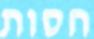
חסות